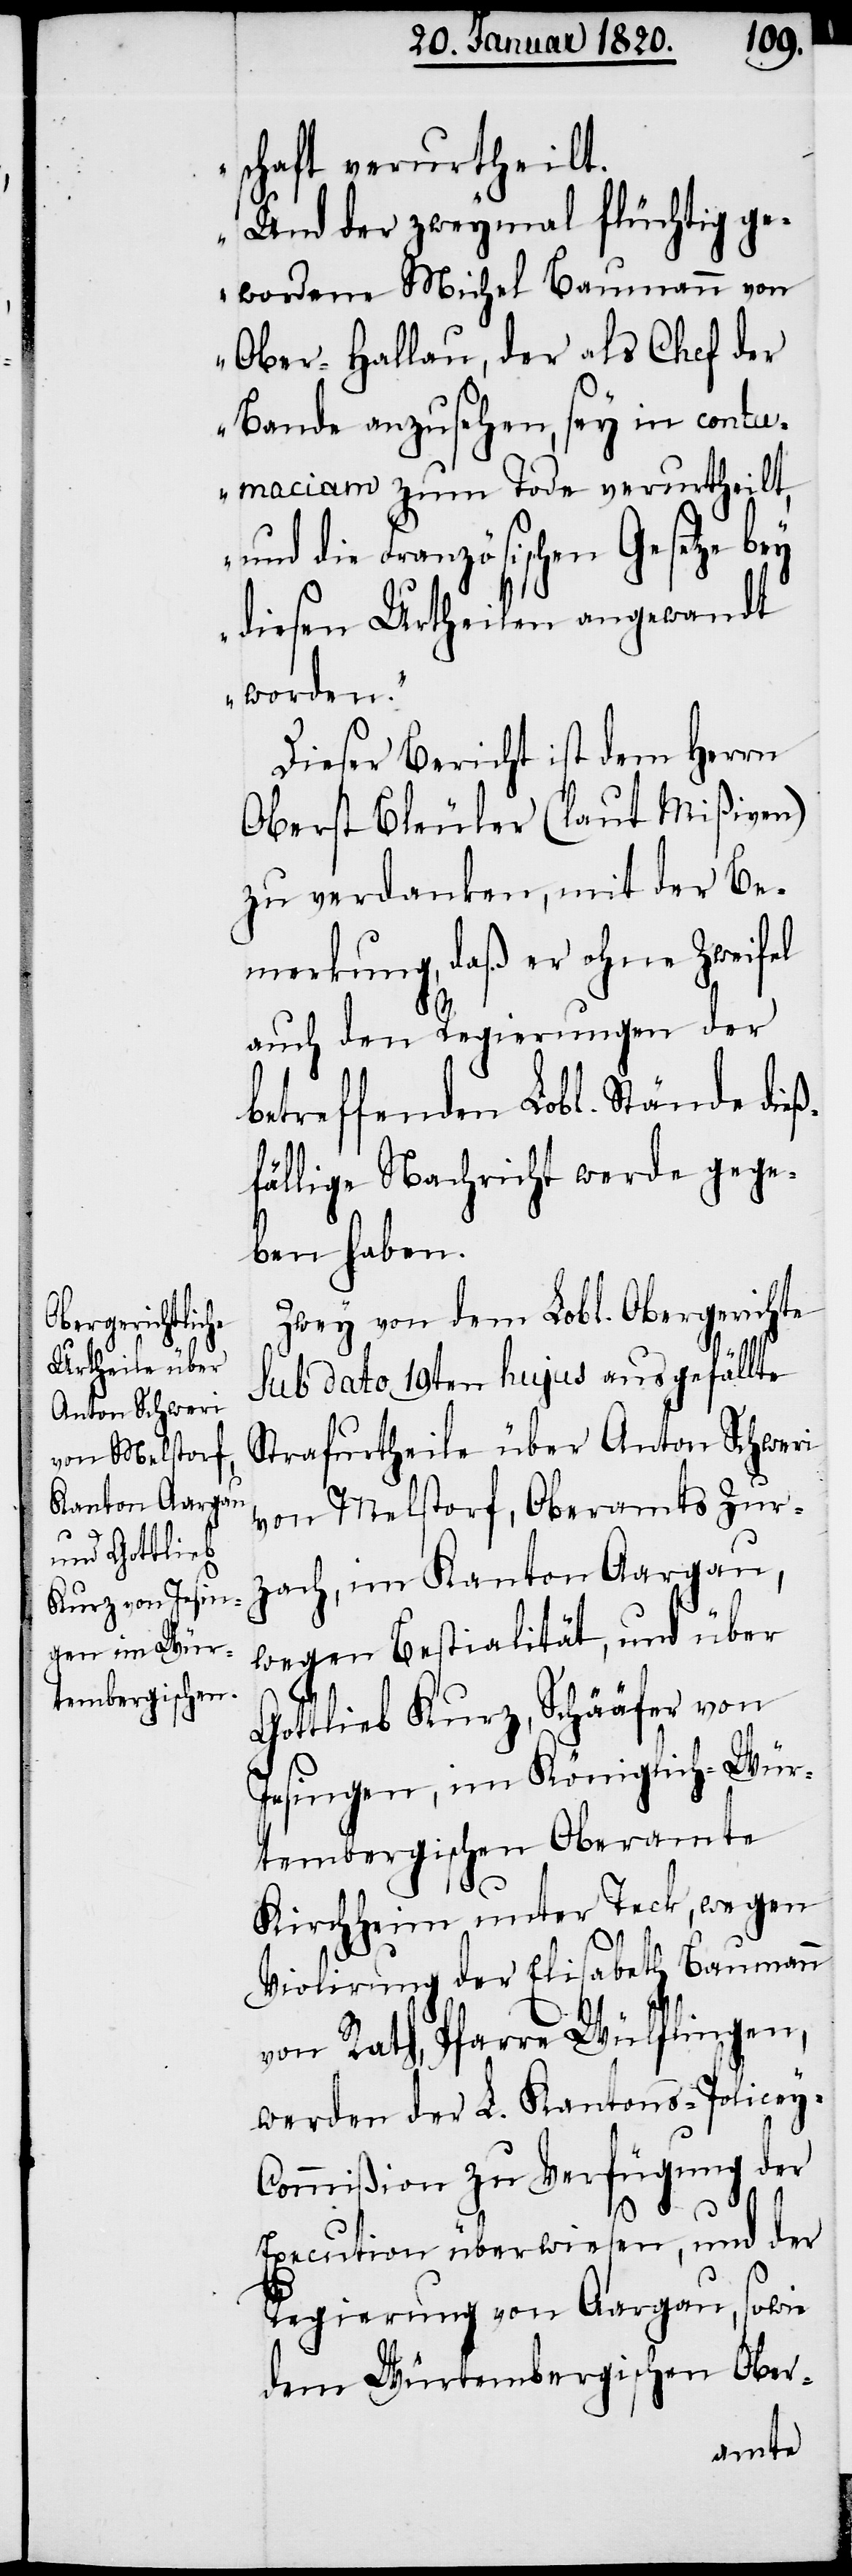
schaft verurtheilt.
Und der zweymal flüchtig ge¬
wordene Michel Baumann von
Ober-Hallau, der als Chef der
Bande anzusehen, sey in contu¬
maciam zum Tode verurtheilt,
und die Französischen Gesetze bey
diesen Urtheilen angewandt
worden.“
Dieser Bericht ist dem Herrn
Oberst Bleuler (laut Mißiven)
zu verdanken, mit der Be¬
merkung, daß er ohne Zweifel
auch den Regierungen der
betreffenden Lobl. Stände dieß¬
fällige Nachricht werde gege¬
ben haben.
Zwey von dem Lobl. Obergerichte
sub dato 19ten hujus ausgefällte
Strafurtheile über Anton Schweri
von Melstorf, Oberamts Zur¬
zach, im Kanton Aargau,
wegen Bestialität, und über
Gottlieb Kurz, Schääfer von
Jesingen, im Königlich-Wür¬
tembergischen Oberamte
Kirchheim unter Teck, wegen
Violirung der Elisabeth Baumann
von Rath, Pfarre Wülflingen,
werden der L. Kantons-Policey-C¬
ommißion zu Verfügung der
Execution überwiesen, und der
Regierung von Aargau, sowie
dem Würtembergischen Ober-